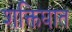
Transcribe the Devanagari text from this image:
शक्तिघात